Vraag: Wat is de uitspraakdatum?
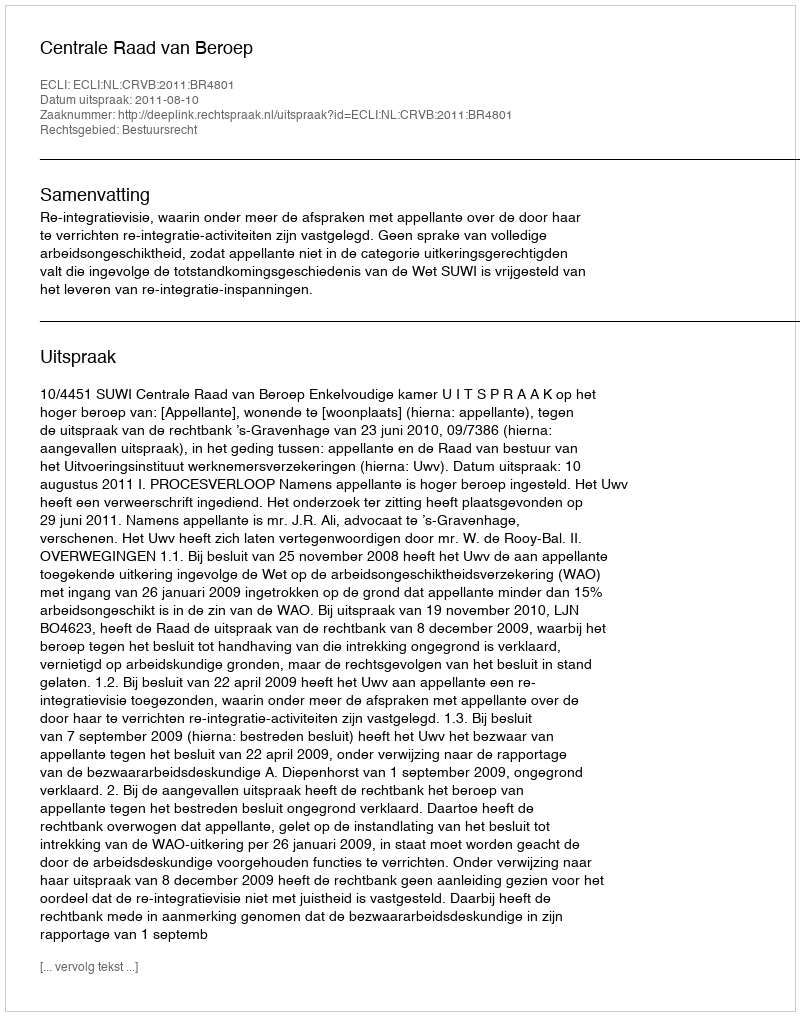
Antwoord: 2011-08-10